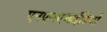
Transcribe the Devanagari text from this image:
एनएसएआईडियों